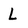
Character: L